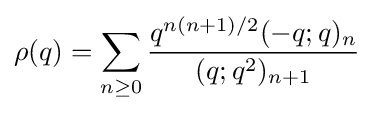
\rho (q)=\sum _{n\geq 0}{\frac {q^{n(n+1)/2}(-q;q)_{n}}{(q;q^{2})_{n+1}}}